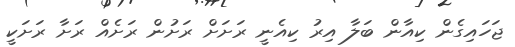
ޖަހައިގެން ކިއާން ބަލާ އިރު ކިއެނީ ރަށަށް ރަށުން ރަށެއް ރަށާ ރަށަކީ